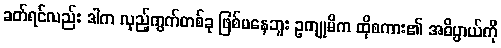
ခတ်ရင်လည်း ဒါက လှည့်ကွက်တစ်ခု ဖြစ်မနေဘူး ဥကျုမိက ထိုစကား၏ အဓိပ္ပာယ်ကို